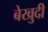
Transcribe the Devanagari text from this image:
बेखुदी